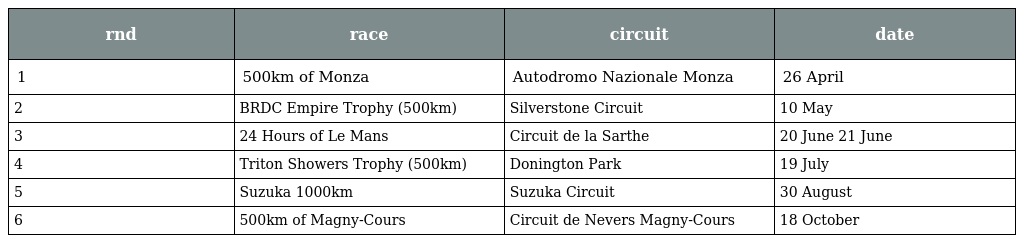
| rnd | race | circuit | date |
 | --- | --- | --- | --- |
 | 1 | 500km of Monza | Autodromo Nazionale Monza | 26 April |
 | 2 | BRDC Empire Trophy (500km) | Silverstone Circuit | 10 May |
 | 3 | 24 Hours of Le Mans | Circuit de la Sarthe | 20 June 21 June |
 | 4 | Triton Showers Trophy (500km) | Donington Park | 19 July |
 | 5 | Suzuka 1000km | Suzuka Circuit | 30 August |
 | 6 | 500km of Magny-Cours | Circuit de Nevers Magny-Cours | 18 October |